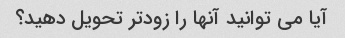
آیا می توانید آنها را زودتر تحویل دهید؟